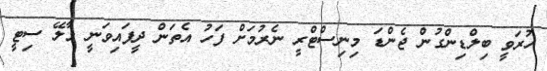
ހުރަވީ ބިލްޑިންގުން ޖެންޑަ މިނިސްޓްރީ ނެރުމަށް ފަހު އެތަން ދީފައިވަނީ މާލޭ ސިޓީ